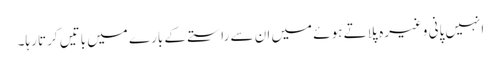
انہیں پانی وغیرہ پلاتے ہوئے میں ان سے راستے کے بارے میں باتیں کرتا رہا۔